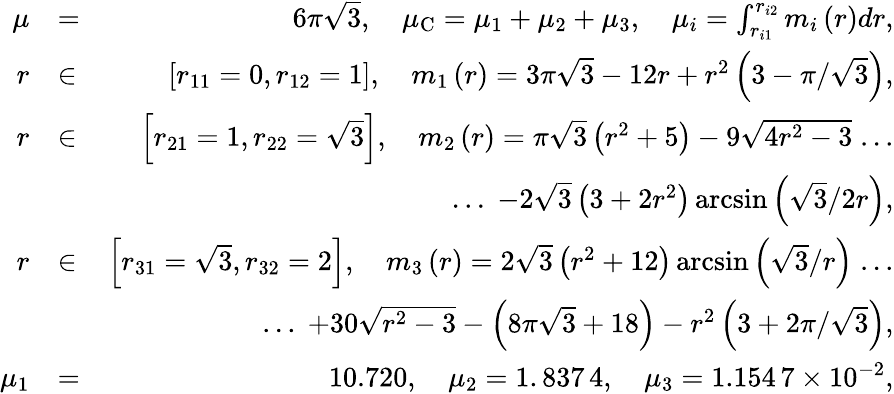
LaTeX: \begin{array}{rlr}{\mu}&{=}&{6\pi\sqrt{3},\quad\mu_{\mathrm{C}}=\mu_{1}+\mu_{2}+\mu_{3},\quad\mu_{i}=\int_{r_{i1}}^{r_{i2}}m_{i}\left(r\right)dr,}\\ {r}&{\in}&{\left[r_{11}=0,r_{12}=1\right],\quad m_{1}\left(r\right)=3\pi\sqrt{3}-12r+r^{2}\left(3-\pi/\sqrt{3}\right),}\\ {r}&{\in}&{\left[r_{21}=1,r_{22}=\sqrt{3}\right],\quad m_{2}\left(r\right)=\pi\sqrt{3}\left(r^{2}+5\right)-9\sqrt{4r^{2}-3}\; ...}\\ &{}&{\quad\quad...\; -2\sqrt{3}\left(3+2r^{2}\right)\arcsin\left(\sqrt{3}/2r\right),}\\ {r}&{\in}&{\left[r_{31}=\sqrt{3},r_{32}=2\right],\quad m_{3}\left(r\right)=2\sqrt{3}\left(r^{2}+12\right)\arcsin\left(\sqrt{3}/r\right)\; ...}\\ &{}&{\quad\quad...\; +30\sqrt{r^{2}-3}-\left(8\pi\sqrt{3}+18\right)-r^{2}\left(3+2\pi/\sqrt{3}\right),}\\ {\mu_{1}}&{=}&{10.720,\quad\mu_{2}=1.\, 837\, 4,\quad\mu_{3}=1.154\, 7\times 10^{-2},}\end{array}